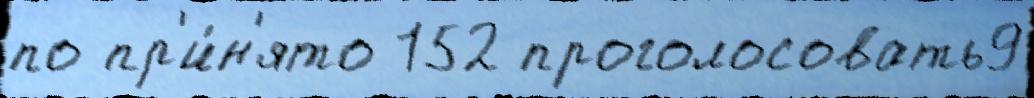
по пр'и́н'ято 152 проголосовать9